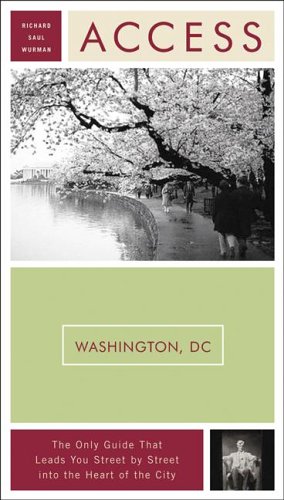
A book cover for Access Washington, D.C. 9e (Access Guides); Richard Saul Wurman; Travel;